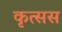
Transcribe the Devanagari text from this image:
कृत्सस